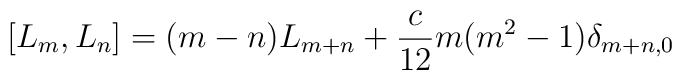
[L_{m},L_{n}]=(m-n)L_{m+n}+\frac{c}{12}m(m^{2}-1)\delta_{m+n,0}